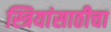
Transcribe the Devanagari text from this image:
स्त्रियांसाठीचा